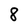
Character: 8